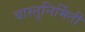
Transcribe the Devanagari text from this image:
वास्तुनिर्मिती